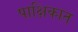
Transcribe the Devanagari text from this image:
पाक्षिकात